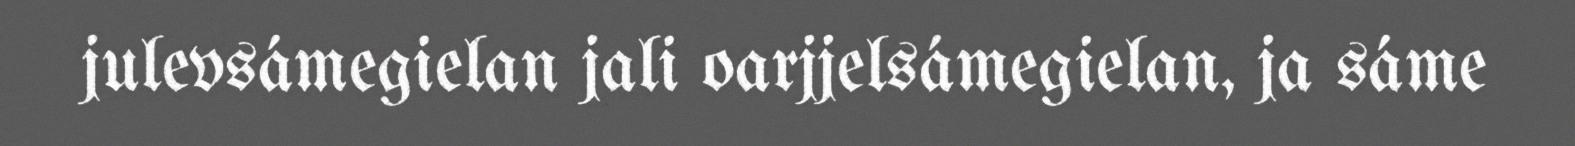
julevsámegielan jali oarjjelsámegielan, ja sáme